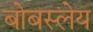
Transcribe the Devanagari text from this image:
बोबस्लेय